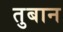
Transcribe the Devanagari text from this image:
तुबान